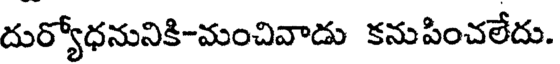
దుర్యోధనునికి-మంచివాడు కనుపించలేదు.